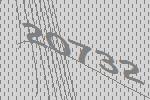
20732